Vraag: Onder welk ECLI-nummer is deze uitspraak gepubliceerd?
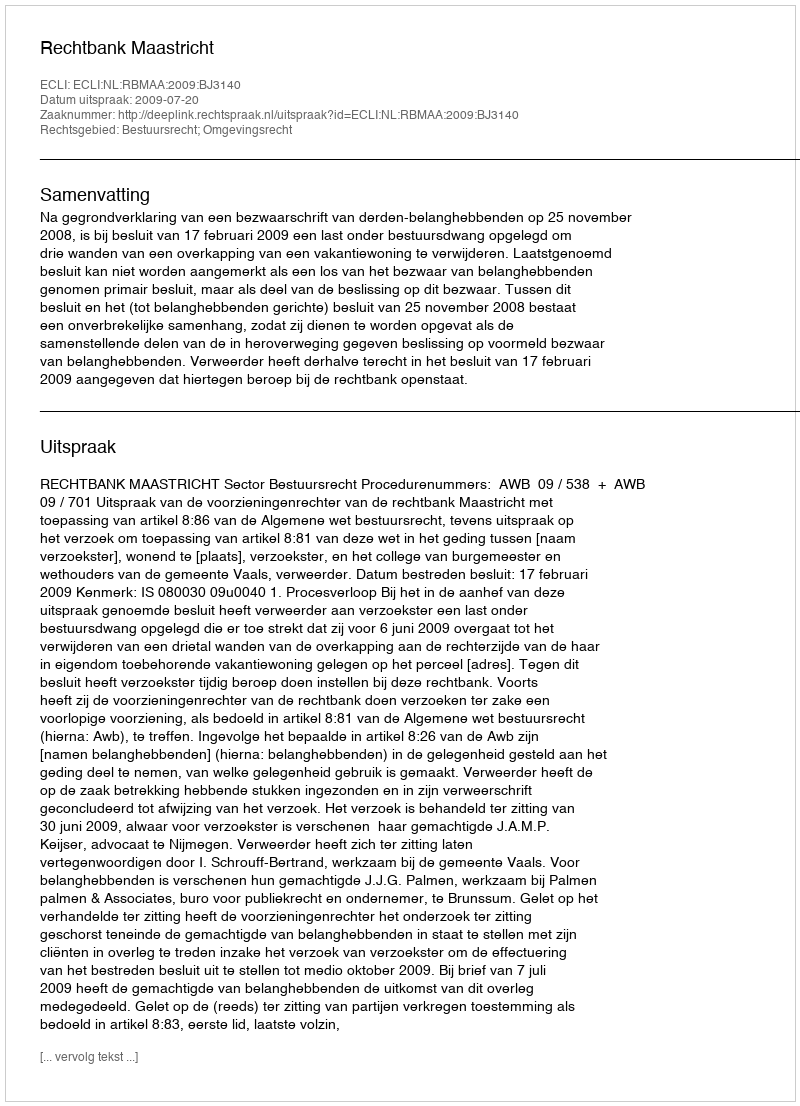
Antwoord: ECLI:NL:RBMAA:2009:BJ3140